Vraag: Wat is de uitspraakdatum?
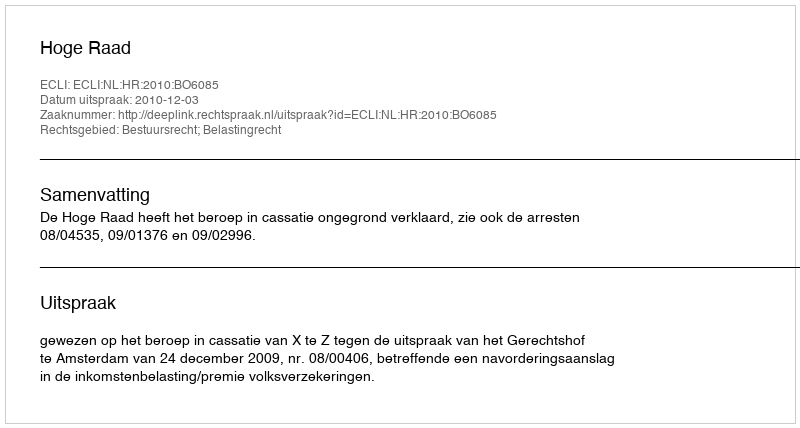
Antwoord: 2010-12-03